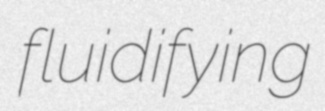
fluidifying